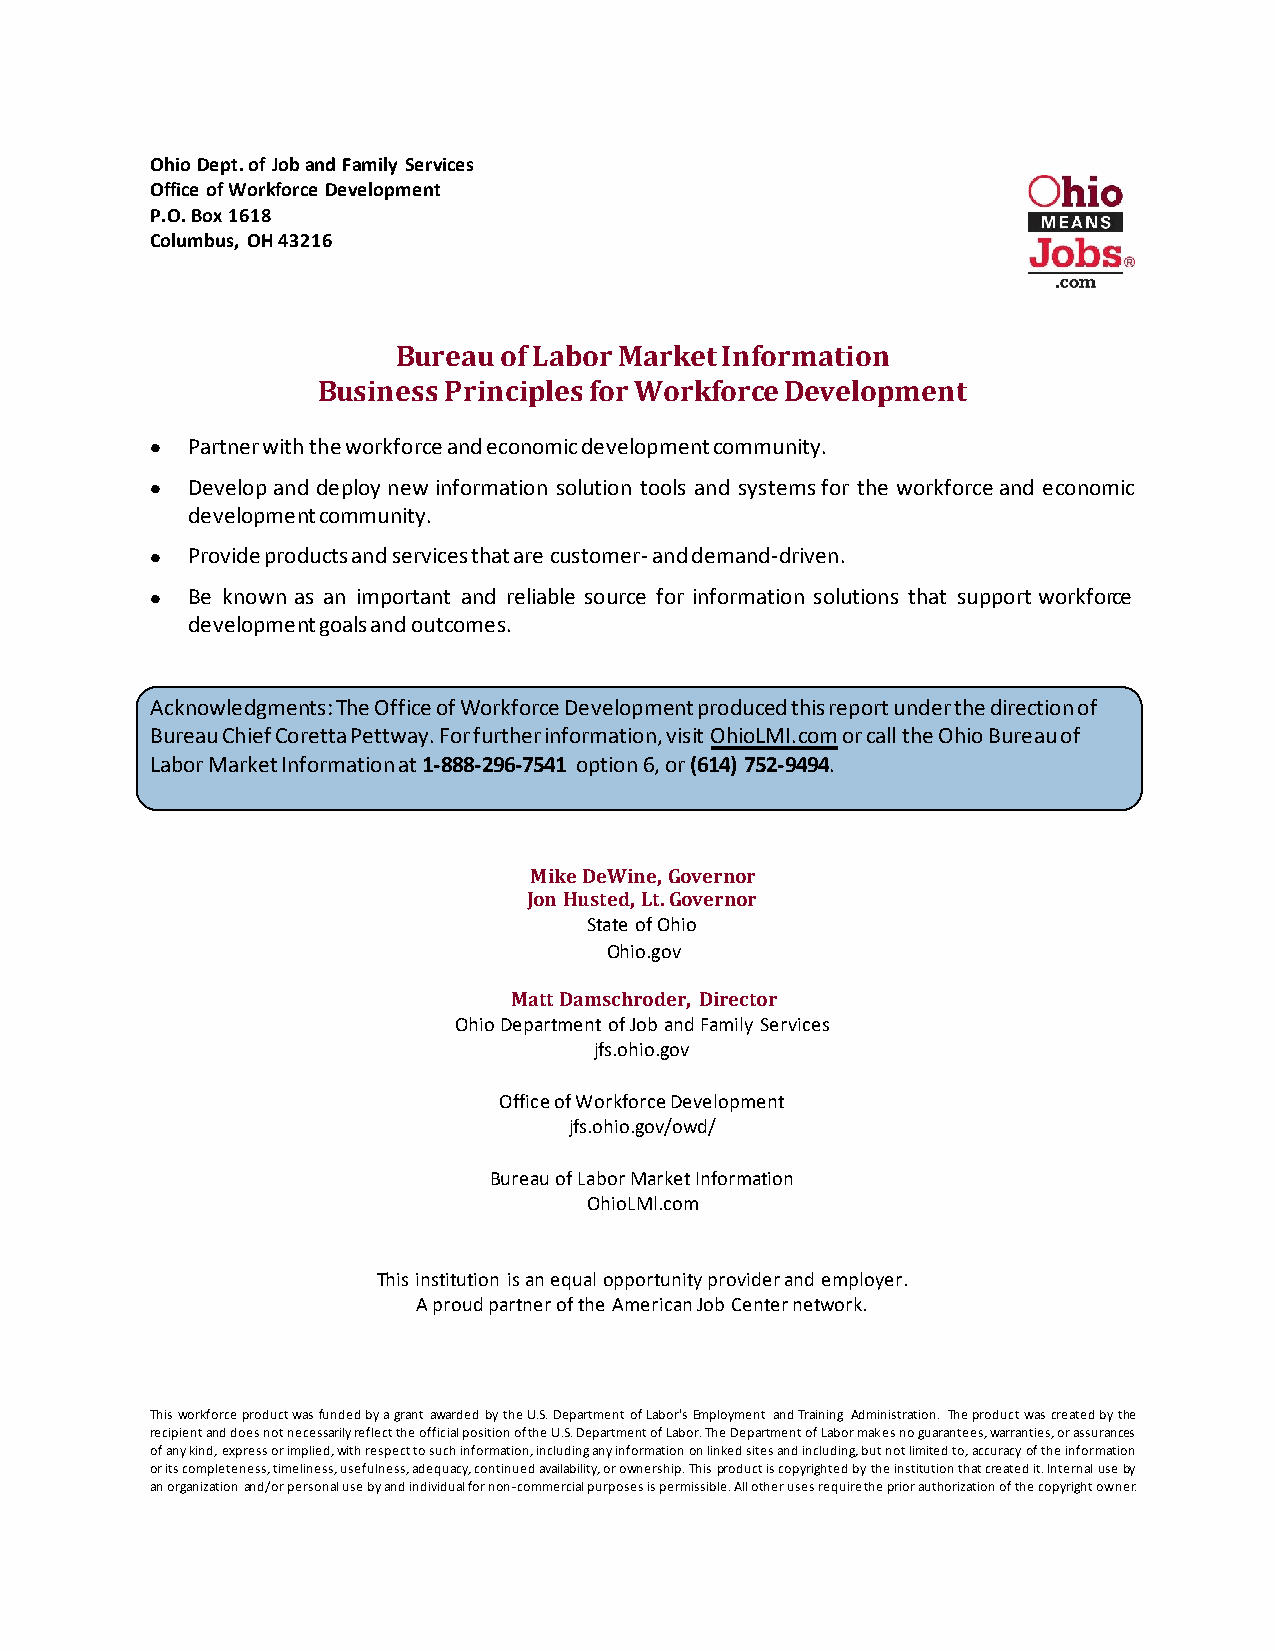
Ohio Dept. of Job and Family Services
 Office of Workforce Development
 P.O. Box 1618
 Columbus, OH 43216
 Bureau of Labor Market Information
 Business Principles for Workforce Development
 • Partner with the workforce and economic development community.
 • Develop and deploy new information solution tools and systems for the workforce and economic
 development community.
 • Provide products and services that are customer- and demand-driven.
 • Be known as an important and reliable source for information solutions that support workforce
 development goals and outcomes.
 Acknowledgments: The Office of Workforce Development produced this report under the direction of
 Bureau Chief Coretta Pettway. For further information, visit OhioLMI.com or call the Ohio Bureau of
 Labor Market Information at 1-888-296-7541 option 6, or (614) 752-9494.
 Mike DeWine, Governor
 Jon Husted, Lt. Governor
 State of Ohio
 Ohio.gov
 Matt Damschroder, Director
 Ohio Department of Job and Family Services
 jfs.ohio.gov
 Office of Workforce Development
 jfs.ohio.gov/owd/
 Bureau of Labor Market Information
 OhioLMl.com
 This institution is an equal opportunity provider and employer.
 A proud partner of the American Job Center network.
 This workforce product was funded by a grant awarded by the U.S. Department of Labor's Employment and Training Administration. The product was created by the
 recipient and does not necessarily reflect the official position of the U.S. Department of Labor. The Department of Labor makes no guarantees, warranties, or assurances
 of any kind, express or implied, with respect to such information, including any information on linked sites and including, but not limited to, accuracy of the information
 or its completeness, timeliness, usefulness, adequacy, continued availability, or ownership. This product is copyrighted by the institution that created it. Internal use by
 an organization and/or personal use by and individual for non-commercial purposes is permissible. All other uses require the prior authorization of the copyright owner.